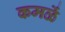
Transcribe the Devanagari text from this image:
कमळें